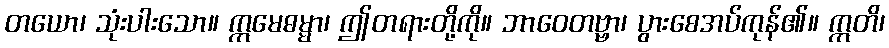
တယော၊ သုံးပါးသော။ ဣမေဓမ္မာ၊ ဤတရားတို့ကို။ ဘာဝေတဗ္ဗာ၊ ပွားစေအပ်ကုန်၏။ ဣတိ၊